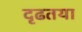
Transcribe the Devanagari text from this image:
दृढतया